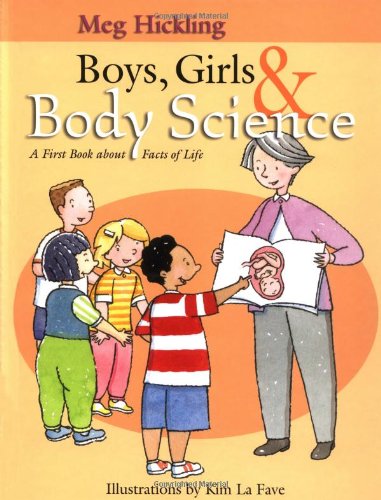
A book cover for Boys, Girls & Body Science: A First Book About Facts of Life; Meg Hickling; Self-Help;